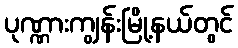
ပုဏ္ဏားကျွန်းမြို့နယ်တွင်